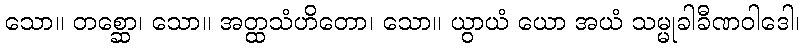
သော။ တစ္ဆော၊ သော။ အတ္ထသံဟိတော၊ သော။ ယွာယံ ယော အယံ သမ္မုခါခီဏဝါဒေါ၊